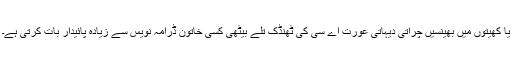
یا کھیتوں میں بھینسیں چراتی دیہاتی عورت اے سی کی ٹھنڈک تلے بیٹھی کسی خاتون ڈرامہ نویس سے زیادہ پائیدار بات کرتی ہے۔